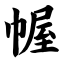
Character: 幄